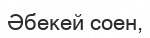
Әбекей соен,